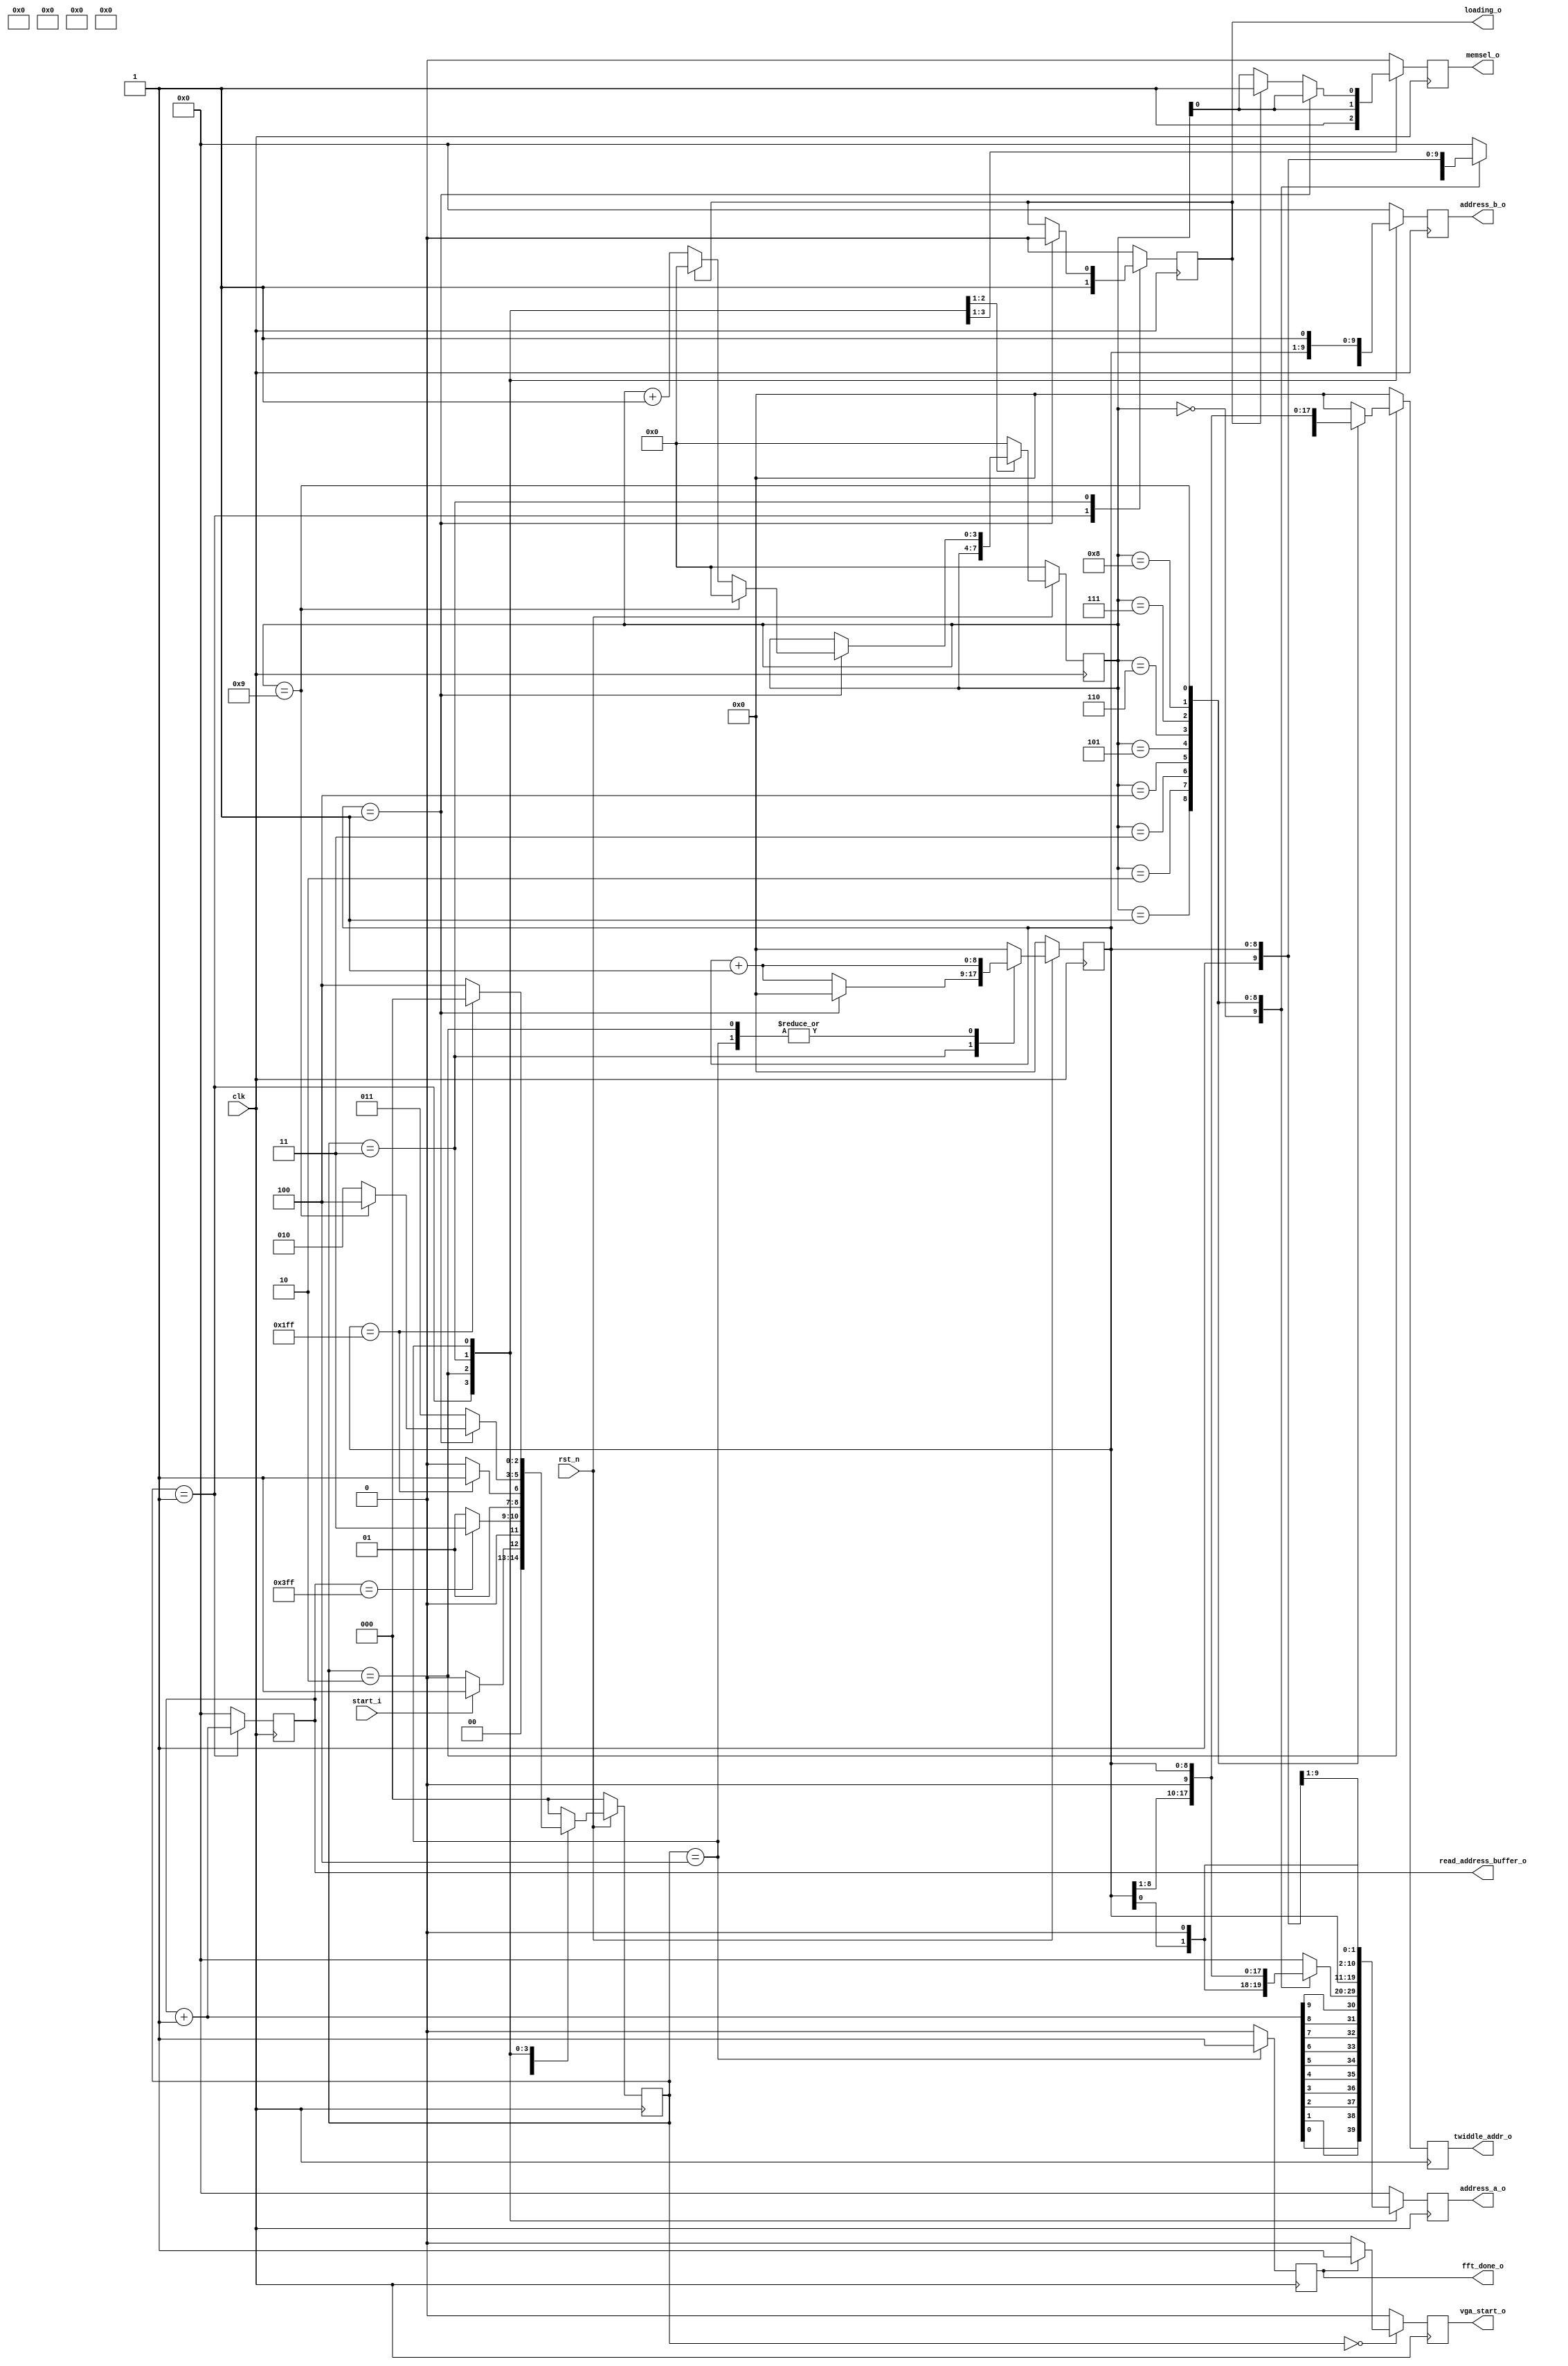
module addr_gen_unit(
    clk,
    rst_n,
	 start_i,
    address_a_o,
    address_b_o,
	 memsel_o,
	 twiddle_addr_o,
	 read_address_buffer_o,
	 loading_o,
	 fft_done_o,
	 vga_start_o
);

//Parameters
localparam s0 = 3'b000, LOAD = 3'b001, ADDRESS_GENERATION = 3'b010, WAIT = 3'b011, FFT_OUT = 3'b100;

//integer k;

//Ports definition
input clk;
input rst_n;
input start_i;
output reg memsel_o = 1'b0;
output reg loading_o = 1'b0;
output reg [8:0]twiddle_addr_o = 9'b0;
output reg [9:0]address_a_o = 10'b0;
output reg [9:0]address_b_o = 10'b1;
output reg [9:0]read_address_buffer_o = 10'b0;
output reg fft_done_o = 1'b0;
output reg vga_start_o = 1'b0;
//Private wires



//Private regs

reg [9:0]read_address_buffer_reg;
reg [9:0]address_a_reg;
reg [9:0]address_b_reg;
reg [8:0]twiddle_addr_reg = 9'b0;
reg loading_reg;
reg memsel_reg;
reg [2:0] sreg = s0;
reg [2:0] snext;
reg [8:0] jnext;
reg [3:0] inext;
reg [8:0] j = 9'b0;
reg [3:0] i = 4'b0;
reg fft_done_reg = 1'b0;
reg vga_start_reg = 1'b0;


//Private assignments

//assign j_double[9:0] = {0, j[8:0]};

//Aggiornamento stato FSM e contatori
always @(posedge clk) 
begin
	if(!rst_n)
	begin
			sreg <= s0;
			i <= 4'b0;
			j <= 9'b0;
	end
   else
	begin
			sreg <= snext;
			j <= jnext;
			i <= inext;
	end			
end


//Aggiornamento delle uscite
always @(posedge clk) 
begin
	address_a_o <= address_a_reg;
	address_b_o <= address_b_reg;
	read_address_buffer_o <= read_address_buffer_reg;
	twiddle_addr_o <= twiddle_addr_reg;
	memsel_o <= memsel_reg;
	loading_o <= loading_reg;
	fft_done_o <= fft_done_reg;
	vga_start_o <= vga_start_reg;
end



// RC stato futuro e uscite
always @ (sreg or j or i or start_i or twiddle_addr_o or read_address_buffer_o or loading_o or fft_done_o)
begin
	address_a_reg = 10'b0;//altrimenti mette latch
	fft_done_reg = 1'b0;
	vga_start_reg = 1'b0;
	
	case(sreg)
	
	s0 : 
	begin
		if(fft_done_o) vga_start_reg = 1'b1;
		address_a_reg = 10'b0;
		address_b_reg = 10'b0;
		memsel_reg = 1'b0;
		twiddle_addr_reg = 9'b0;
		jnext = 9'b0;
		inext = 4'b0;
		//k = 0;
		loading_reg = 1'b0;
		read_address_buffer_reg = 10'b0;
		if(start_i) snext = LOAD;
		else snext = s0;
	end
	
	LOAD :
	begin
		if(read_address_buffer_o == 10'd1023) snext = WAIT;
		else snext = LOAD;
		loading_reg = 1'b1;
		read_address_buffer_reg = read_address_buffer_o + 1'b1;
		memsel_reg = 1'b1;
		//if(read_address_buffer_reg == 4'd15) snext = WAIT;
		//else snext = LOAD;
		//for(k = 0; k < 3; k = k+1) address_a_reg[k] = read_address_buffer_reg[3-k]; 
		//bit reversal operation //address_a_o dovr essere ritardato di 2 cicli di ck per la latenza del buffer
		address_a_reg[9:0] = {read_address_buffer_reg[0], read_address_buffer_reg[1], read_address_buffer_reg[2], read_address_buffer_reg[3], read_address_buffer_reg[4], read_address_buffer_reg[5], read_address_buffer_reg[6], read_address_buffer_reg[7], read_address_buffer_reg[8], read_address_buffer_reg[9]};
		address_b_reg = read_address_buffer_reg; //per avere add_b != da add_a! tanto la scrittura  disabilitata. NB: non  vero che sono sempre diversi: 1001 => 1001, ma comunque non cambia niente
		twiddle_addr_reg = 9'b0;
		jnext = 9'b0;
		inext = 4'b0;
	end
	
	ADDRESS_GENERATION : 
	begin
		read_address_buffer_reg = 10'b0;
		loading_reg = 1'b0;
		jnext = j + 1'b1;
		inext = i;
		//k = 0;
		memsel_reg = i[0];
		//if(j == 3'b0) twiddle_addr_reg = 0;
		//else twiddle_addr_reg = twiddle_addr_o + (3'b1 << 3-i); 
		case (i)
			0	: begin //N-1-i = 9
				address_a_reg[9:0] = {j[8:0],1'b0};
				address_b_reg[9:0] = {j[8:0],1'b1};
				twiddle_addr_reg = 9'b0;
				end
			1	: begin												
				address_a_reg[9:0] = {j[7:0],1'b0,j[8]}; 
				address_b_reg[9:0] = {j[7:0],1'b1,j[8]};
				twiddle_addr_reg = {j[8],8'b0};
				end
			2	: begin
				address_a_reg[9:0] = {j[6:0],1'b0,j[8:7]}; 
				address_b_reg[9:0] = {j[6:0],1'b1,j[8:7]};
				twiddle_addr_reg = {j[8:7],7'b0};
				end
			3	: begin
				address_a_reg[9:0] = {j[5:0],1'b0,j[8:6]};
				address_b_reg[9:0] = {j[5:0],1'b1,j[8:6]};
				twiddle_addr_reg = {j[8:6],6'b0};
				end
			4	: begin
				address_a_reg[9:0] = {j[4:0],1'b0,j[8:5]};
				address_b_reg[9:0] = {j[4:0],1'b1,j[8:5]};
				twiddle_addr_reg = {j[8:5],5'b0};
				end
			5	: begin
				address_a_reg[9:0] = {j[3:0],1'b0,j[8:4]};
				address_b_reg[9:0] = {j[3:0],1'b1,j[8:4]};
				twiddle_addr_reg = {j[8:4],4'b0};
				end
			6	: begin
				address_a_reg[9:0] = {j[2:0],1'b0,j[8:3]};
				address_b_reg[9:0] = {j[2:0],1'b1,j[8:3]};
				twiddle_addr_reg = {j[8:3],3'b0};
				end
			7	: begin
				address_a_reg[9:0] = {j[1:0],1'b0,j[8:2]};
				address_b_reg[9:0] = {j[1:0],1'b1,j[8:2]};
				twiddle_addr_reg = {j[8:2],2'b0};
				end
			8	: begin
				address_a_reg[9:0] = {j[0],1'b0,j[8:1]};
				address_b_reg[9:0] = {j[0],1'b1,j[8:1]};
				twiddle_addr_reg = {j[8:1],1'b0};
				end
			9	: begin
				address_a_reg[9:0] = {1'b0,j};
				address_b_reg[9:0] = {1'b1,j};
				twiddle_addr_reg = j;
				end
			default	: begin
				address_a_reg = 10'd0;
				address_b_reg = 10'd0;
				twiddle_addr_reg = 9'd0;
				end
		endcase
		if(j == 9'd511) snext = WAIT;
		else snext = ADDRESS_GENERATION;
	end
	
	
	// RIPREDENDI DA QUI
	
	WAIT : 
	begin
		//k = 0;
		read_address_buffer_reg = 10'b0;
		if(loading_o) memsel_reg = 1'b1;
		else memsel_reg = i[0];
		address_a_reg = {j,1'b1}; //prova per vedere se anche cos diventa undef per read_during_write
		address_b_reg = {j,1'b0}; //in questo modo add_a != add_b
		twiddle_addr_reg = 9'b0; 
		//jnext = j + 1'b1;
		if(j == 9'd1) 
		begin
			jnext = 9'd0;
			loading_reg = 1'b0;
			memsel_reg = i[0];
			if(i == 4'd9) 
			begin
				snext = FFT_OUT;
				inext = 4'b0;
			end
			else
			begin
				snext = ADDRESS_GENERATION;
				if(loading_o) inext = 4'b0;
				else inext = i + 1'b1;
			end
		end
		else 
		begin
			snext = WAIT;
			jnext = j + 1'b1;
			inext = i;
			loading_reg = loading_o;
		end
	end
	
	FFT_OUT : 
	begin
		fft_done_reg = 1'b1;
		address_a_reg = {j, 1'b0};
		address_b_reg = {j, 1'b1};
		jnext = j + 1'b1;
		read_address_buffer_reg = 10'b0;
		memsel_reg = 1'b0;
		inext = 1'b0;
		loading_reg = 1'b0;
		twiddle_addr_reg = 9'b0;
		if(j == 9'd511) snext = s0;
		else snext = FFT_OUT;
	end
	
	default:
	begin
		//k = 0;
		read_address_buffer_reg = 10'b0;
		snext = s0;
		address_a_reg = 10'b0;
		address_b_reg = 10'b0;
		memsel_reg = 1'b0;
		twiddle_addr_reg = 9'b0;
		jnext = 9'b0;
		inext = 4'b0;		
		loading_reg = 1'b0;
	end
	endcase 
end


endmodule